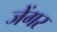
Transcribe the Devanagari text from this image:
जेंगर